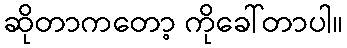
ဆိုတာကတော့ ကိုခေါ်တာပါ။